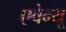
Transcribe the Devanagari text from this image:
एवेन्‍यू